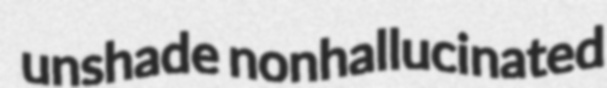
unshade nonhallucinated